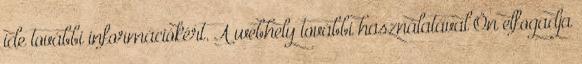
ide további információkért. A webhely további használatával Ön elfogadja